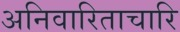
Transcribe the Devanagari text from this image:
अनिवारिताचारि